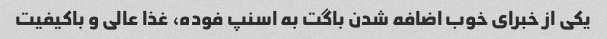
یکی از خبرای خوب اضافه شدن باگت به اسنپ فوده، غذا عالی و باکیفیت